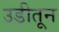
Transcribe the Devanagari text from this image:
उडीतून